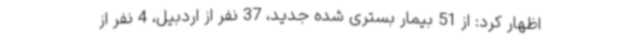
اظهار کرد: از 51 بیمار بستری شده جدید، 37 نفر از اردبیل، 4 نفر از